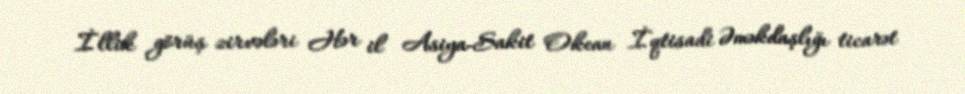
İllik görüş zirvələri Hər il Asiya-Sakit Okean İqtisadi Əməkdaşlığı ticarət